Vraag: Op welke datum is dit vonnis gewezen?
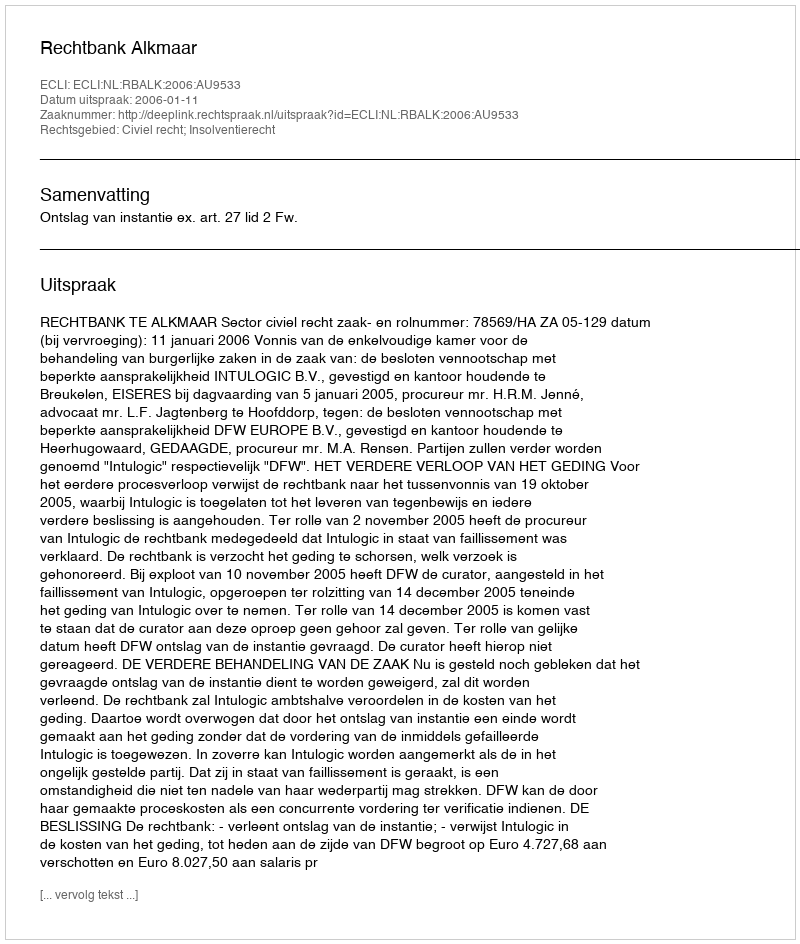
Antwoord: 2006-01-11